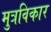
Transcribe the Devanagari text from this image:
मुत्रविकार